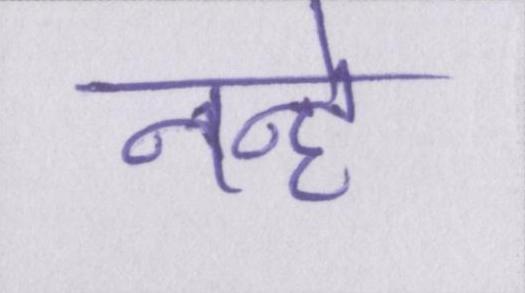
नन्हे